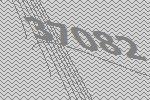
37082